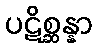
ပဋိစ္ဆန္နာ